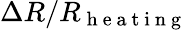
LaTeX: \Delta R/R_{\mathrm{~h~e~a~t~i~n~g~}}